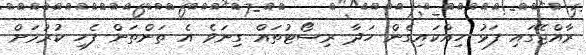
ރާއްޖޭގައި ފަޅު ހިއްކައިގެން ހަދާ ރިސޯޓުތައް ގިނަވެ އެ ތަންތަން ފެހި ކުރުމަށް